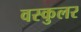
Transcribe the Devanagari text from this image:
वस्कुलर